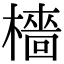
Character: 檣